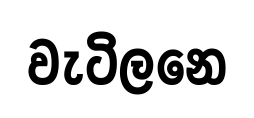
වැටිලනෙ